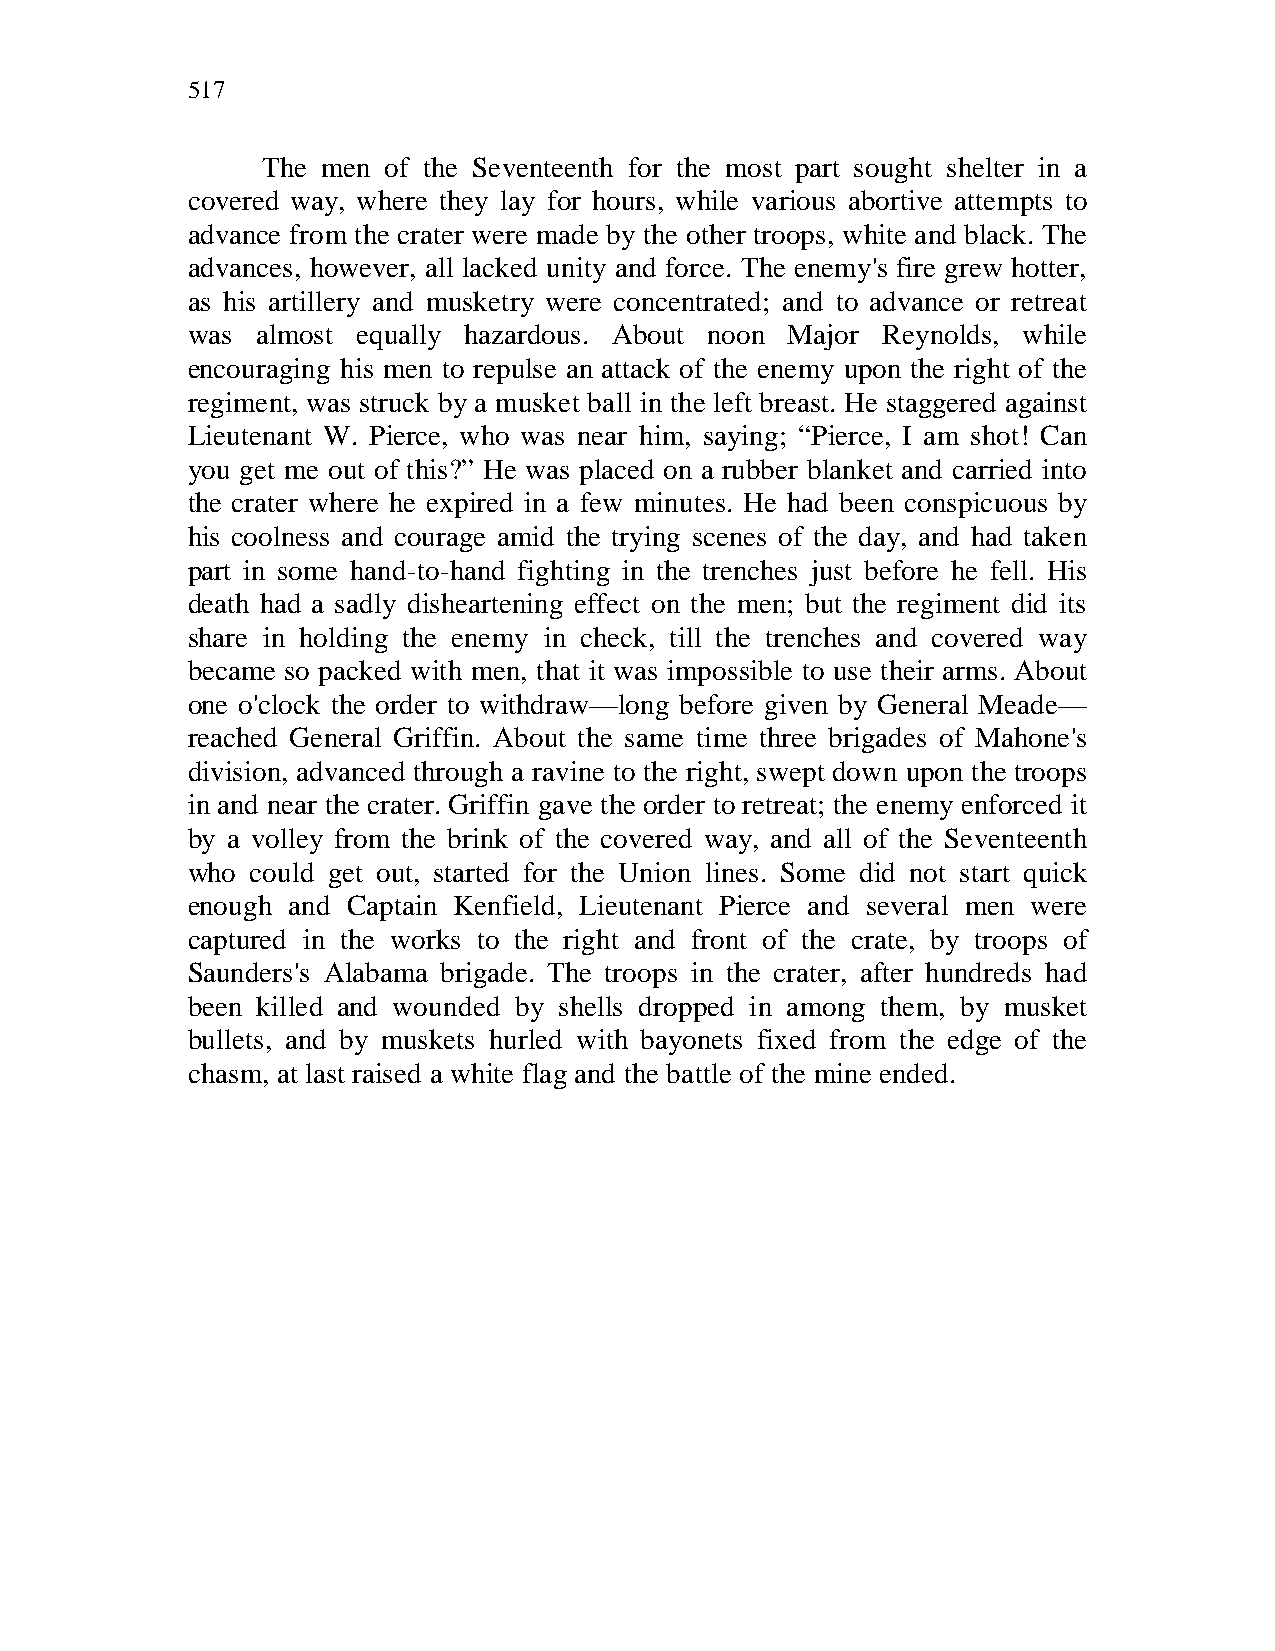
517
 The men of the Seventeenth for the most part sought shelter in a
 covered way, where they lay for hours, while various abortive attempts to
 advance from the crater were made by the other troops, white and black. The
 advances, however, all lacked unity and force. The enemy's fire grew hotter,
 as his artillery and musketry were concentrated; and to advance or retreat
 was  almost equally hazardous. About noon Major Reynolds, while
 encouraging his men to repulse an attack of the enemy upon the right of the
 regiment, was struck by a musket ball in the left breast. He staggered against
 Lieutenant W. Pierce, who was near him, saying; “Pierce, I am shot! Can
 you get me out of this?” He was placed on a rubber blanket and carried into
 the crater where he expired in a few minutes. He had been conspicuous by
 his coolness and courage amid the trying scenes of the day, and had taken
 part in some hand-to-hand fighting in the trenches just before he fell. His
 death had a sadly disheartening effect on the men; but the regiment did its
 share in holding the enemy in check, till the trenches and covered way
 became so packed with men, that it was impossible to use their arms. About
 one o'clock the order to withdraw—long before given by General Meade—
 reached General Griffin. About the same time three brigades of Mahone's
 division, advanced through a ravine to the right, swept down upon the troops
 in and near the crater. Griffin gave the order to retreat; the enemy enforced it
 by a volley from the brink of the covered way, and all of the Seventeenth
 who  could get out, started for the Union lines. Some did not start quick
 enough and Captain Kenfield, Lieutenant Pierce and several men were
 captured in the works to the right and front of the crate, by troops of
 Saunders's Alabama brigade. The troops in the crater, after hundreds had
 been killed and wounded by shells dropped in among them, by musket
 bullets, and by muskets hurled with bayonets fixed from the edge of the
 chasm, at last raised a white flag and the battle of the mine ended.